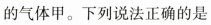
的气体甲。下列说法正确的是